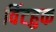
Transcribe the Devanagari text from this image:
विंटहुक